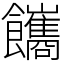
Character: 䭨